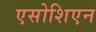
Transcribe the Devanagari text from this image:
एसोशिएन